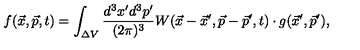
f ( \vec { x } , \vec { p } , t ) = \int _ { \Delta V } { \frac { d ^ { 3 } x ^ { \prime } d ^ { 3 } p ^ { \prime } } { ( 2 \pi ) ^ { 3 } } } W ( \vec { x } - \vec { x } ^ { \prime } , \vec { p } - \vec { p } ^ { \prime } , t ) \cdot g ( \vec { x } ^ { \prime } , \vec { p } ^ { \prime } ) ,